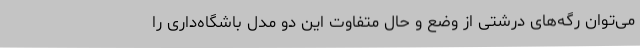
می‌توان رگه‌های درشتی از وضع و حال متفاوت این دو مدل باشگاه‌داری را